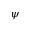
\psi